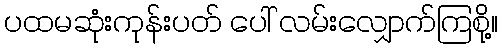
ပထမဆုံးကုန်းပတ် ပေါ် လမ်းလျှောက်ကြစို့။